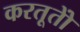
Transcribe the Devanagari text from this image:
करतूतोें